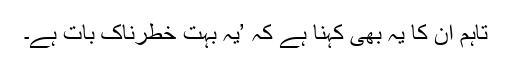
تاہم ان کا یہ بھی کہنا ہے کہ ’یہ بہت خطرناک بات ہے۔